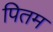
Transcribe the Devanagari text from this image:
पितम